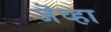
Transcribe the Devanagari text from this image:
जॆव्हा